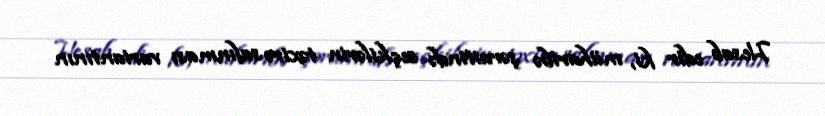
Hesab edir ki, müharibə şəraitində seçkilərin təxirə salınması variantının